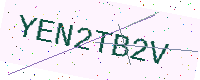
Text: YEN2TB2V